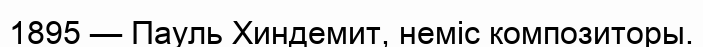
1895 — Пауль Хиндемит, неміс композиторы.